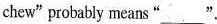
chew" probably means "___".